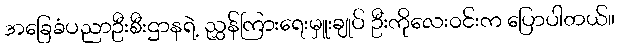
အခြေခံပညာဦးစီးဌာနရဲ့ ညွှန်ကြားရေးမှူးချုပ် ဦးကိုလေးဝင်းက ပြောပါတယ်။